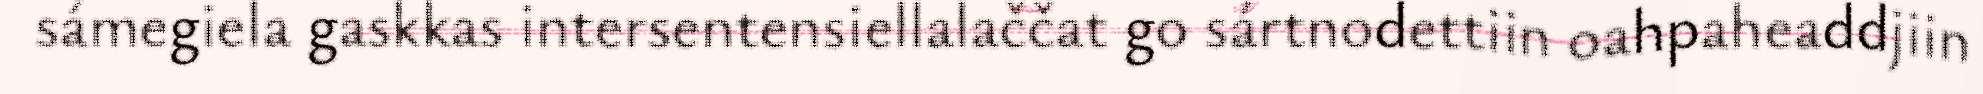
sámegiela gaskkas intersentensiellalaččat go sártnodettiin oahpaheaddjiin